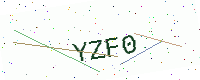
Text: YZF0